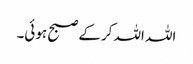
اللہ اللہ کرکے صبح ہوئی۔